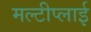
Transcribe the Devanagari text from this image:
मल्टीप्लाई